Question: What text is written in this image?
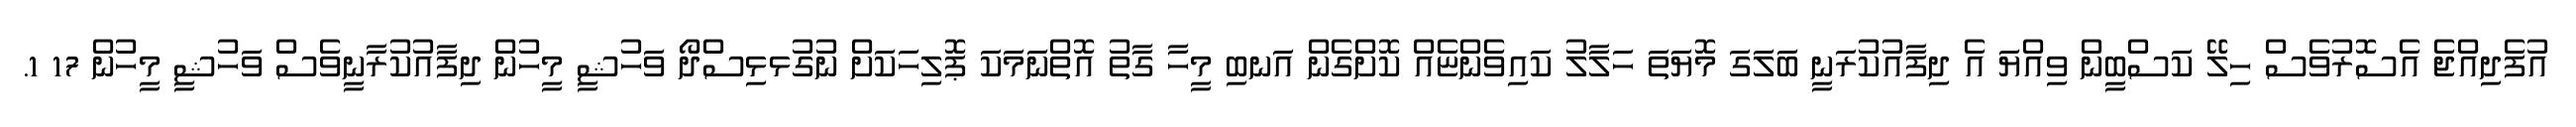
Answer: އުފެދިއްޖެ އެސޮރުވެސް ހިލޭ ކަސްބީން ވިއްޔަ އެ ދިފާއުކުރަނީ ބަލަގަ މޮޔަތަ ހަލާލު ކައިވެންޏެއް ކޮށްގެން އަނބި މީހާ ގާތު އޮތްނަމަކަ ޕޮލިހަކަށް ނުގުޅޅިސްދޯ ވަހުޝީ މީހުން ދިފާއުކުރާނީވެސް ވަހުޝީ މީހުން 17 1.